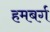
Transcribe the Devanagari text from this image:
हमबर्ग